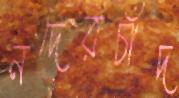
নদেরচাঁদ